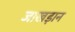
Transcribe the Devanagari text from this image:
जाखड़ान